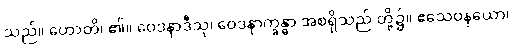
သည်။ ဟောတိ၊ ၏။ ဝေဒနာဒီသု၊ ဝေဒနာက္ခန္ဓာ အစရှိသည် တို့၌။ ဧသေဝနယော၊